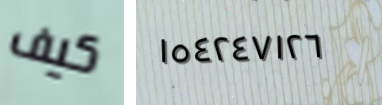
كيف ١٥٤٢٤٧١٢٦